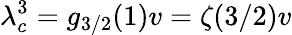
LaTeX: \lambda_{c}^{3}=g_{3/2}(1)v=\zeta(3/2)v